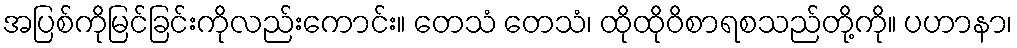
အပြစ်ကိုမြင်ခြင်းကိုလည်းကောင်း။ တေသံ တေသံ၊ ထိုထိုဝိစာရစသည်တို့ကို။ ပဟာနာ၊